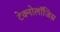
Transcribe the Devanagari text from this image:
टेक्नोलॉजिस